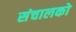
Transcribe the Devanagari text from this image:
संचालको